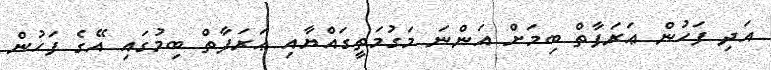
އަދި ފަހުން ޢަރަފާތް ބިމަށް އަންނަ މަގުމަތީގައްޔާއި ޢަރަފާތް ބިމުގައި އޭގެ ފަހުން